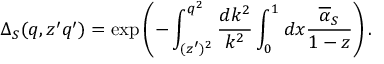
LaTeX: \Delta _ { S } ( q , z ^ { \prime } q ^ { \prime } ) = \exp \left( - \int _ { ( z ^ { \prime } ) ^ { 2 } } ^ { q ^ { 2 } } \frac { d k ^ { 2 } } { k ^ { 2 } } \int _ { 0 } ^ { 1 } d x \frac { { \overline { { \alpha } } } _ { S } } { 1 - z } \right) .